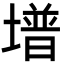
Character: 𡐭